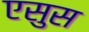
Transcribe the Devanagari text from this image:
एसुस